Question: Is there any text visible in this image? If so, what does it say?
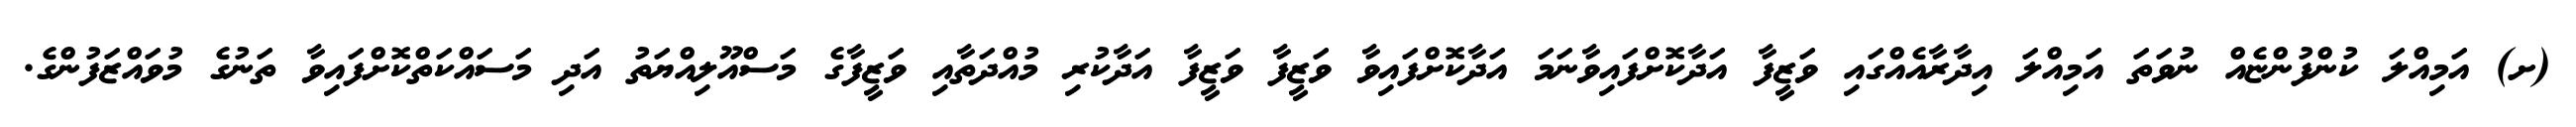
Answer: (ށ) އަމިއްލަ ކުންފުންޏެއް ނުވަތަ އަމިއްލަ އިދާރާއެއްގައި ވަޒީފާ އަދާކޮށްފައިވާނަމަ އަދާކޮށްފައިވާ ވަޒީފާ ވަޒީފާ އަދާކުރި މުއްދަތާއި ވަޒީފާގެ މަސްއޫލިއްޔަތު އަދި މަސައްކަތްކޮށްފައިވާ ތަނުގެ މުވައްޒަފުންގެ.